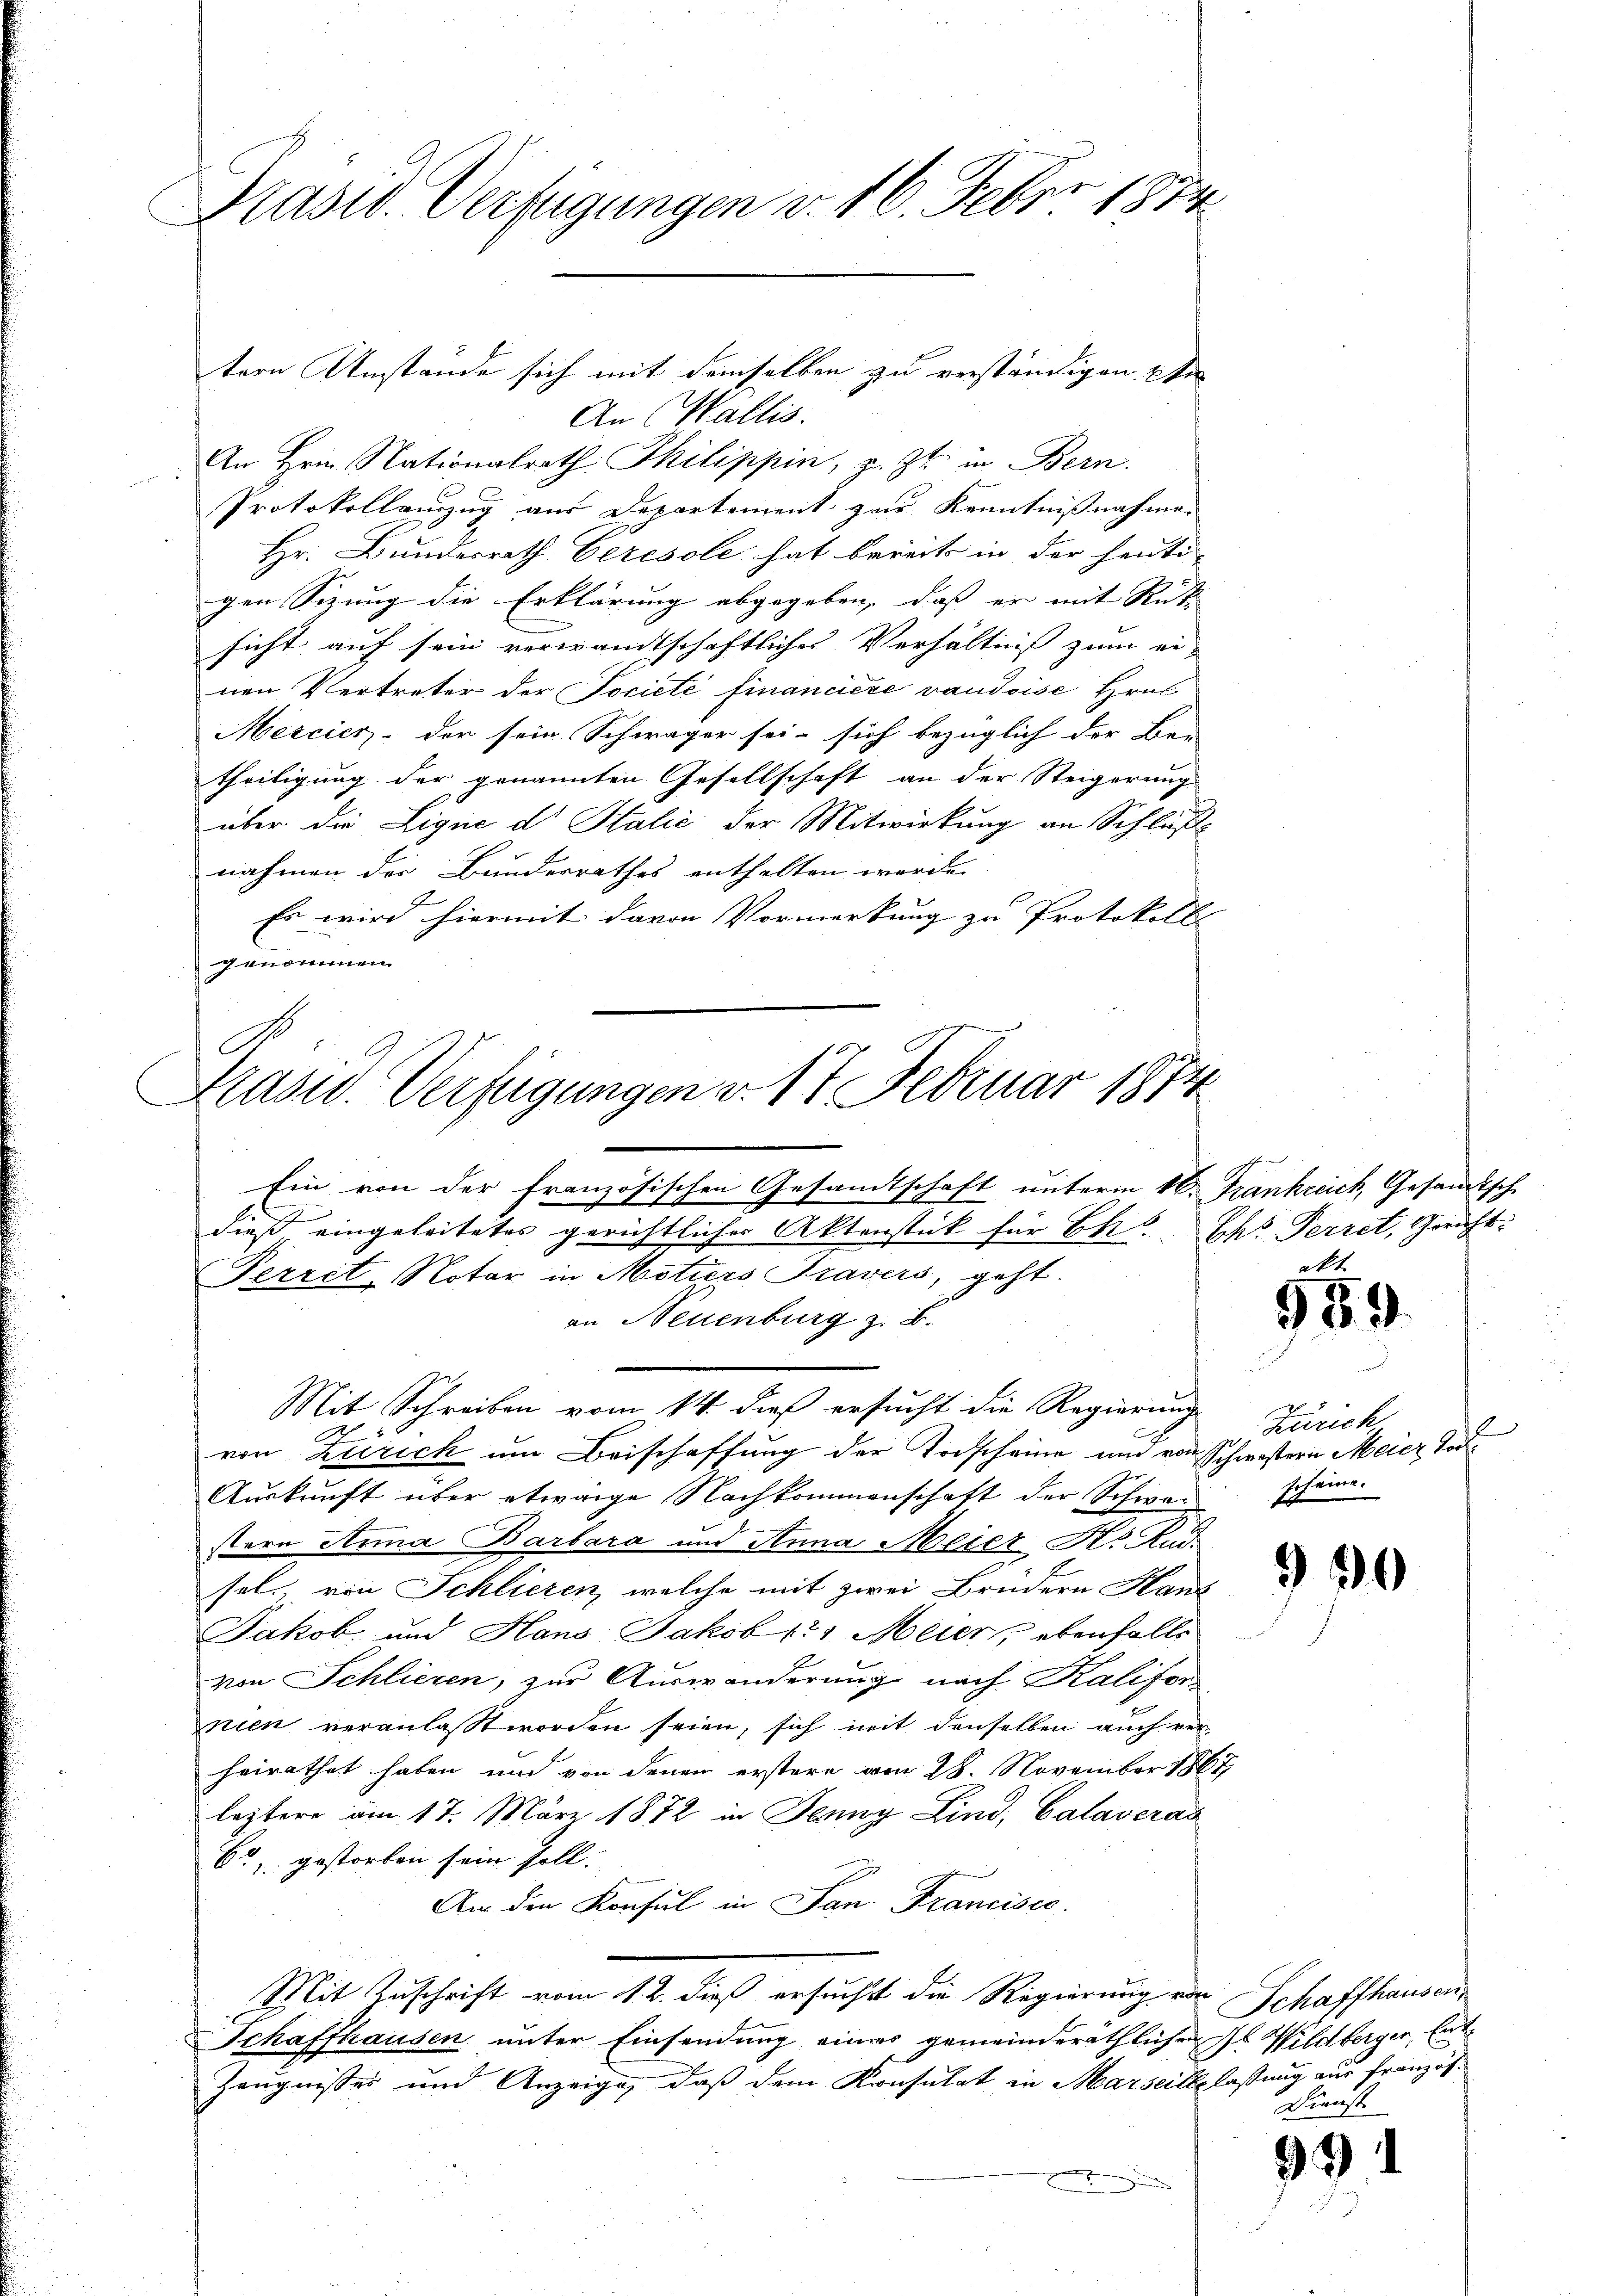
Pasid. Verfügungen v. 16. Feber 1874

tern Umstande sich mit demselben zu verständigen. Ei
An (Wallis.
An Hrn. Nationalrath Thilippin, z. Zt. in Bern.
Protokollenzug aus Departement zur Kenntnißnahmen
Hr. Bundesrath Ceresole hat bereits in der heute
gen Sizung die Erklärung abgegeben, daß er mit Rut
sicht auf sein verwandtschaftliches Verhältniß zum ei-
nen Vertreter der Societe financiere vaudoise Hrus
Mercier - der sein Schwäger sei- sich bezüglich der Ber
theiligung der genannten Gesellschaft an der Steigerung
über die Ligne dr Stalić der Mitwirkung an Schlußnahmen der Bundesrathes enthalten werde.
Es wird hiermit davon Vormerkung zu Protokolls |
genommen

C
Prasw. Verfügungen v. 17 Februar 1874

Ein von der französischen Gesandtschaft unterm 1ten Frankreich Gesandtsche
dieß eingeleitetes gerichtlicher Aktenstück für Ehe. Ihr Perret, Gericht.
Perret-Notar in Motiers Travers, geht.
an Neuenburg z. B.
Mit Schreiben vom 14. daß ersucht die Regierung
von Zürich um Beischaffung der Todscheine und von Schwestern Meier Tod¬
Auskunft über etwaige Nachkommenschaft der Schwestere Anna Barbara und Anna Meiers Rud.
sel, von Schlieren, welche mit zwei Brüdern Haus
Jakob und Hans Jakob 11 Meier, ebenfalls
von Schlieren, zur Auswanderung nach Kalifor
nien veranlaßt worden seien, sich mit denselben auch ver
heirathet haben und von denen erstere von 28. November 1867
leztere am 17. März 1872 in Jenny Lind, Calaveran
6o, gestorben sein soll.
Am den Konsul in San Francisce
Mit Zuschrift vom 1. 2. dieß ersucht die Regierung von Schaffhausen,
Schaffhausen unter Einsendung eines gemeinderäthlichen H. Wildberger, Ent¬
Zeugnisses und Anzeige, daß dem Konsulat in Marseitslaßung aus Französn

akt.
959

Zürich,
Ich einer.

990

Dienst

991

b